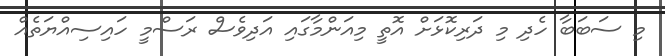
މި ސަބަބާ ހެދި މި ދަރިކޮޅަށް އޮތީ މިއަންމާގައި އަދިވެސް ރަސްމީ ހައިސިއްޔަތެއް